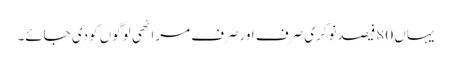
یہاں 80فیصدنوکری صرف اورصرف مراٹھی لوگوں کودی جائے۔